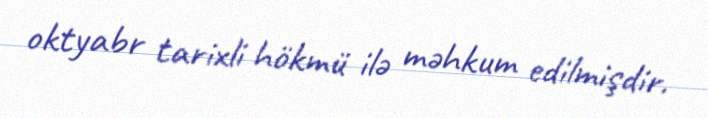
oktyabr tarixli hökmü ilə məhkum edilmişdir.